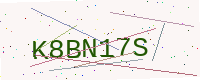
Text: K8BN17S